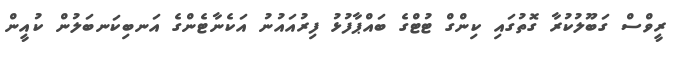
ރީވްސް ގަބޫލުކުރާ ގޮތުގައި ކިންގް ޓުޓްގެ ބައްޕާފުޅު ފިރުއައުނު އަކެނާޓެންގެ އަނބިކަނބަލުން ކުއީން